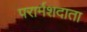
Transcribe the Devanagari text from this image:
परार्मशदाता